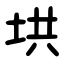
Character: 垬